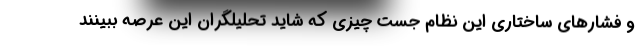
و فشارهای ساختاری این نظام جست چیزی که شاید تحلیلگران این عرصه ببینند